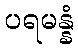
ပရမန္နံ